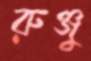
রুঞ্জু